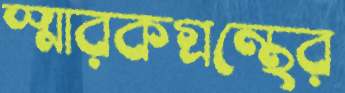
স্মারকগ্রন্থের